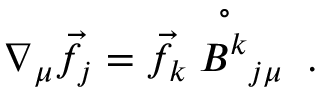
\nabla _ { \mu } \vec { f } _ { j } = \vec { f } _ { k } \stackrel { \circ } { B ^ { k } } _ { j \mu } \; .